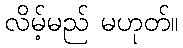
လိမ့်မည် မဟုတ်။